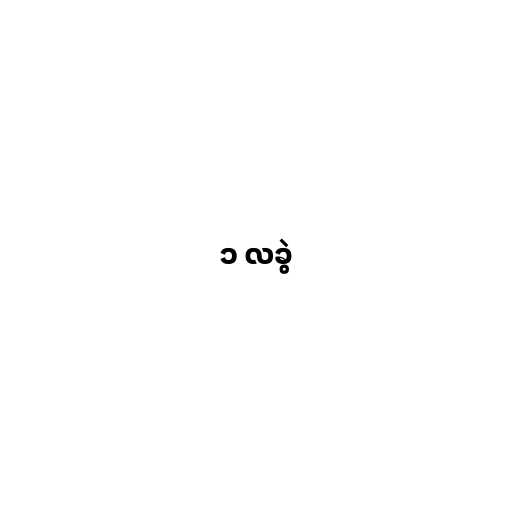
၁ လခွဲ